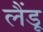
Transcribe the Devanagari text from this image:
लैंडू